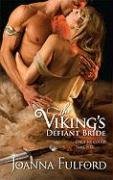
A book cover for The Viking's Defiant Bride; Joanna Fulford; Romance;